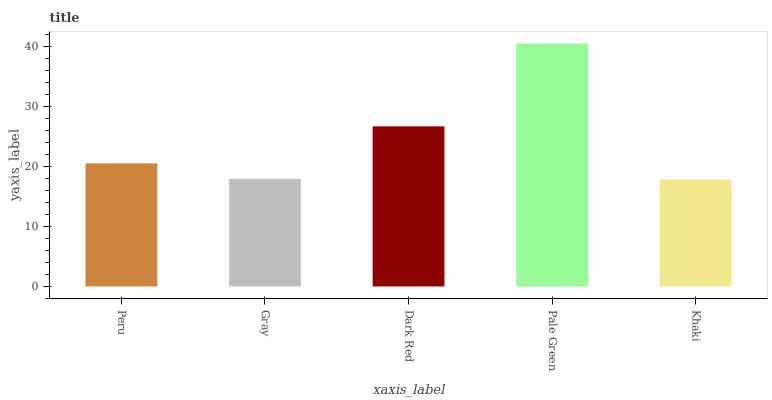
| xaxis_label | bars |
 | --- | --- |
 | Peru | 20.6 |
 | Gray | 18 |
 | Dark Red | 26.7 |
 | Pale Green | 40.6 |
 | Khaki | 17.9 |